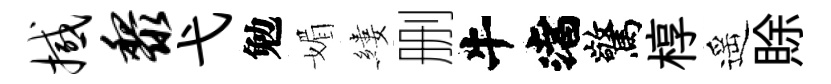
撼黎弋勉媚縷删渚驚椁遥賖